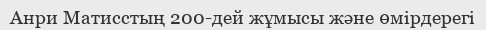
Анри Матисстың 200-дей жұмысы және өмірдерегі